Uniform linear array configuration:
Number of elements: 32
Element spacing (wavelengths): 1
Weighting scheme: hann
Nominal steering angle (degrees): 0
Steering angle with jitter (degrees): -0.5172
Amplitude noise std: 0.05
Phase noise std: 0.05

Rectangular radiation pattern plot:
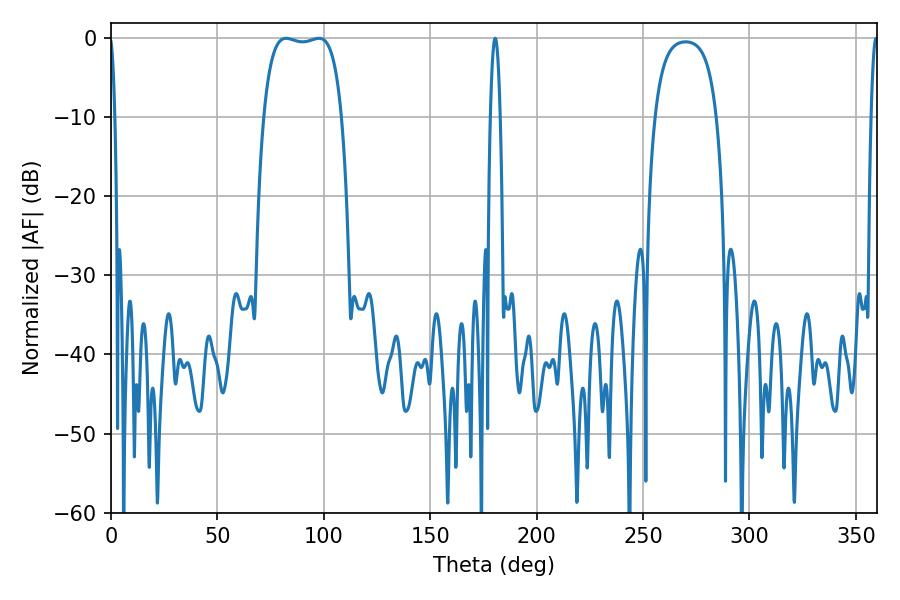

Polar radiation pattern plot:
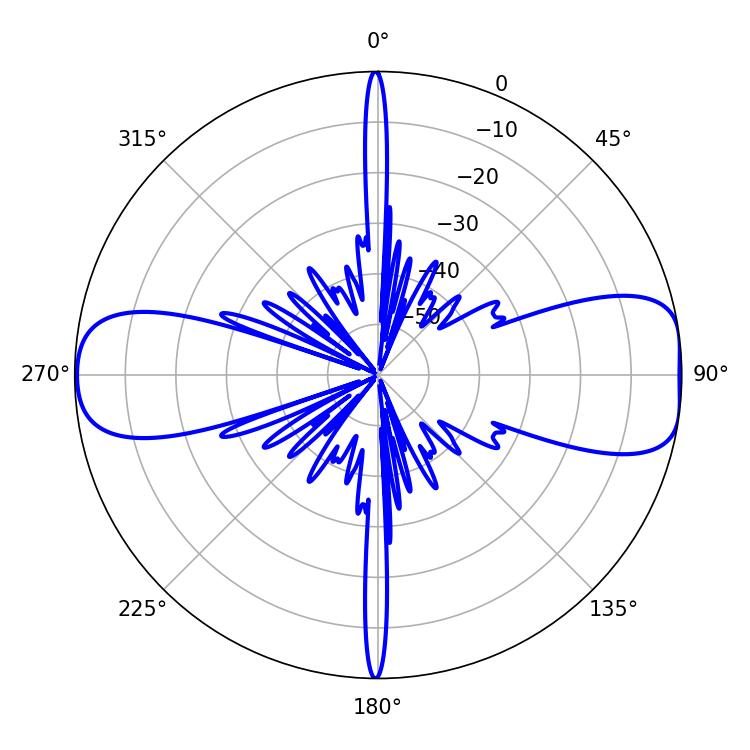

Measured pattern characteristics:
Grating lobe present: TRUE
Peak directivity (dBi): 10.494
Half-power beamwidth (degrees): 29.16
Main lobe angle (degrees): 82.26